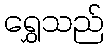
ရွှေသည်